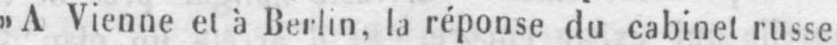
»A Vienne et à Berlin, la réponse du cabinet russe